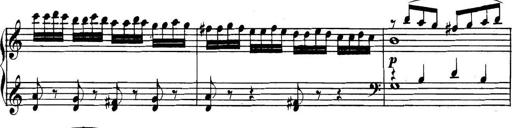
Title: Collected Piano Sonatas
Composer: Muzio Clementi